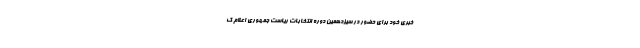
خبری خود برای حضور در سیزدهمین دوره انتخابات ریاست جمهوری اعلام ک